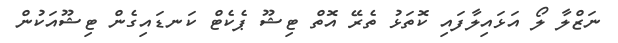
ނަޒްލާ ލޯ އަޅައިލާފައި ކޮތަޅު ތެރޭ އޮތް ޓިޝޫ ޕެކެޓް ކަނޑައިގެން ޓިޝޫއަކުން